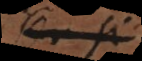
seu si